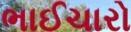
ભાઈચારો